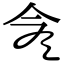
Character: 𠆭